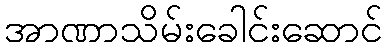
အာဏာသိမ်းခေါင်းဆောင်